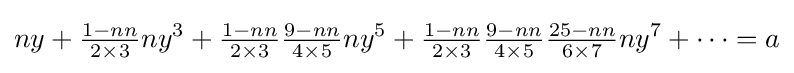
ny+{\tfrac {1-nn}{2\times 3}}ny^{3}+{\tfrac {1-nn}{2\times 3}}{\tfrac {9-nn}{4\times 5}}ny^{5}+{\tfrac {1-nn}{2\times 3}}{\tfrac {9-nn}{4\times 5}}{\tfrac {25-nn}{6\times 7}}ny^{7}+\cdots =a